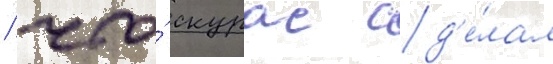
/ что́ скурас сд'е́лал